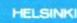
HELSINKI